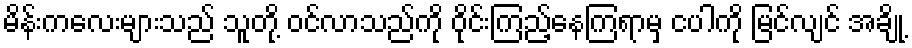
မိန်းကလေးများသည် သူတို့ ဝင်လာသည်ကို ဝိုင်းကြည့်နေကြရာမှ ငပါကို မြင်လျင် အချို့